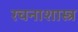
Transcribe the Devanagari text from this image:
रचनाशास्त्र